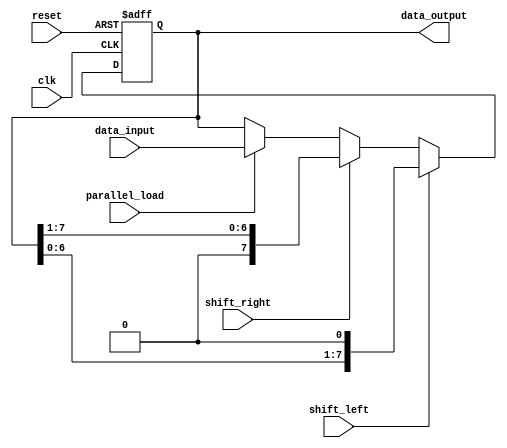
module universal_shift_register (
    input wire clk,
    input wire reset,
    input wire shift_left,
    input wire shift_right,
    input wire parallel_load,
    input wire[7:0] data_input,
    output reg[7:0] data_output
);

reg[7:0] shift_reg;

always @(posedge clk or posedge reset) begin
    if (reset) begin
        shift_reg <= 8'h00;
    end else if (shift_left) begin
        shift_reg <= {shift_reg[6:0], 1'b0};
    end else if (shift_right) begin
        shift_reg <= {1'b0, shift_reg[7:1]};
    end else if (parallel_load) begin
        shift_reg <= data_input;
    end
end

assign data_output = shift_reg;

endmodule